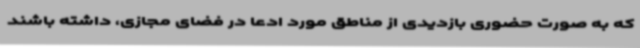
که به صورت حضوری بازدیدی از مناطق مورد ادعا در فضای مجازی، داشته باشند